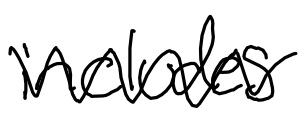
Text: includes
Cross-out: zig-zag
Writing tool: digital_black